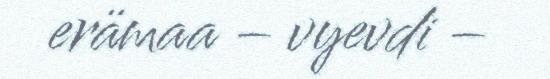
erämaa – vyevdi –